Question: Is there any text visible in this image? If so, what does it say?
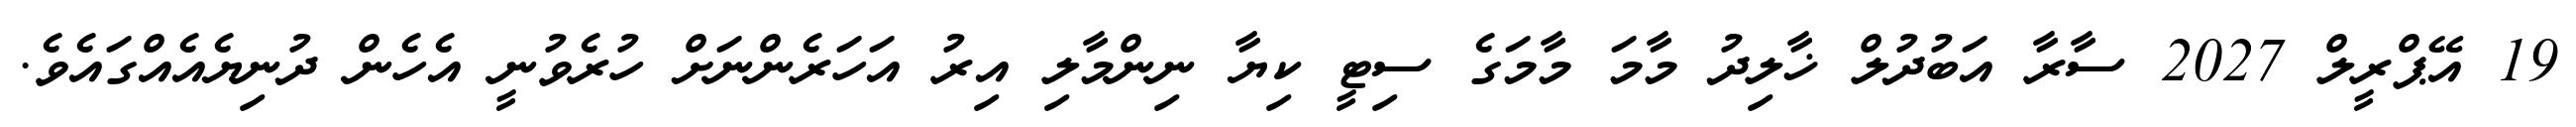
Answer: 19 އޭޕްރީލް 2027 ސާރާ އަބުދުލް ޚާލިދު މާމަ މާމަގެ ސިޓީ ކިޔާ ނިންމާލި އިރު އަހަރެންނަށް ހުރެވުނީ އެހެން ދުނިޔެއެއްގައެވެ.